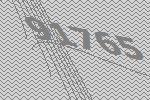
91765